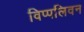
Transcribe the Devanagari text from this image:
विप्पलिवन